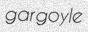
gargoyle